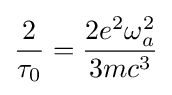
{\frac {2}{\tau _{0}}}={\frac {2e^{2}\omega _{a}^{2}}{3mc^{3}}}